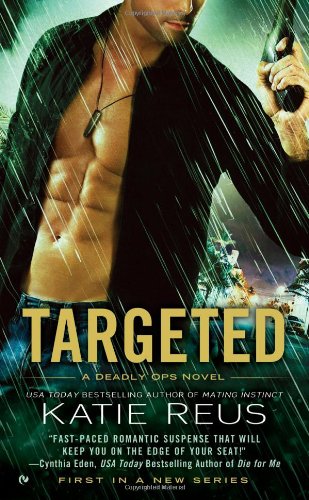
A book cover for Targeted: A Deadly Ops Novel (Deadly Ops Series); Katie Reus; Romance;